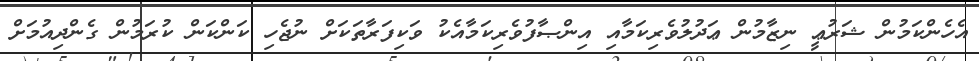
އެހެންކަމުން ޝަރުޢީ ނިޒާމުން ޢަދުލުވެރިކަމާއި އިންޞާފުވެރިކަމާއެކު ވަކިފަރާތަކަށް ނުޖެހި ކަންކަން ކުރަމުން ގެންދިއުމަށް